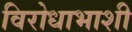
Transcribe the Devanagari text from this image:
विरोधाभाशी